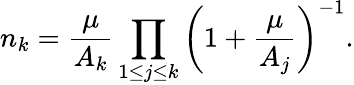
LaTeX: n_{k}=\frac{\mu}{A_{k}}\prod_{1\leq j\leq k}\left(1+\frac{\mu}{A_{j}}\right)^{-1}.